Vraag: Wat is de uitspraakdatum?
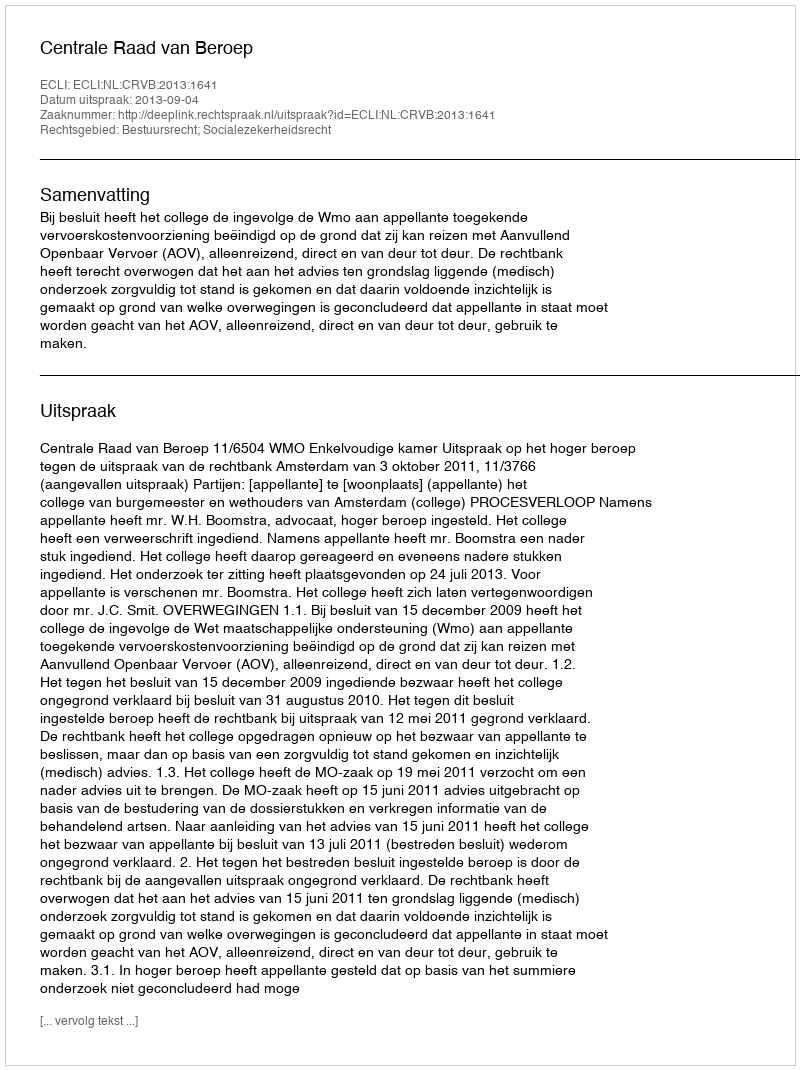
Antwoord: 2013-09-04